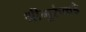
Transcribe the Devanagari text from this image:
श्रीगुरुंकडे